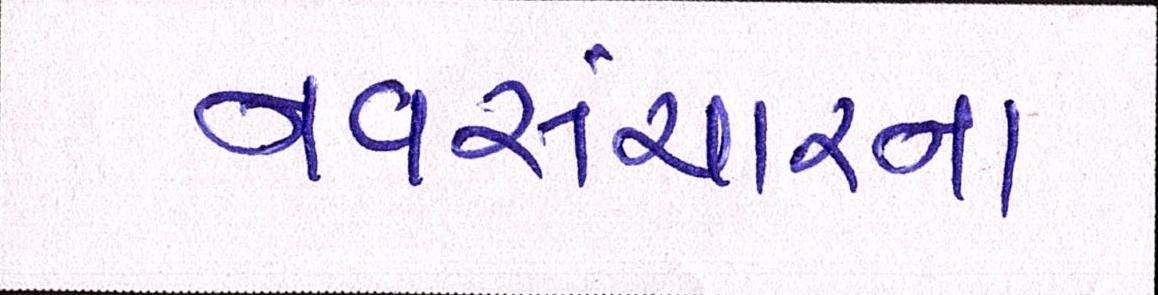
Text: નવસંચારનાં